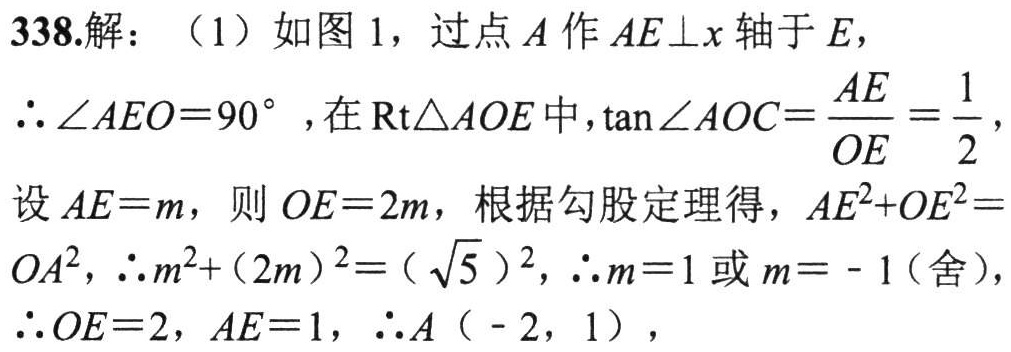
338.解：（1）如图1，过点\(A\)作\(AE\perp x\)轴于\(E\)，
\(\therefore\angle AEO = 90^{\circ}\)，在\(\text{Rt}\triangle AOE\)中，\(\tan\angle AOC=\dfrac{AE}{OE}=\dfrac{1}{2}\)，
设\(AE = m\)，则\(OE = 2m\)，根据勾股定理得，\(AE^{2}+OE^{2}=OA^{2}\)，\(\therefore m^{2}+(2m)^{2}=(\sqrt{5})^{2}\)，\(\therefore m = 1\)或\(m=-1\)(舍)，
\(\therefore OE = 2\)，\(AE = 1\)，\(\therefore A(-2,1)\)，